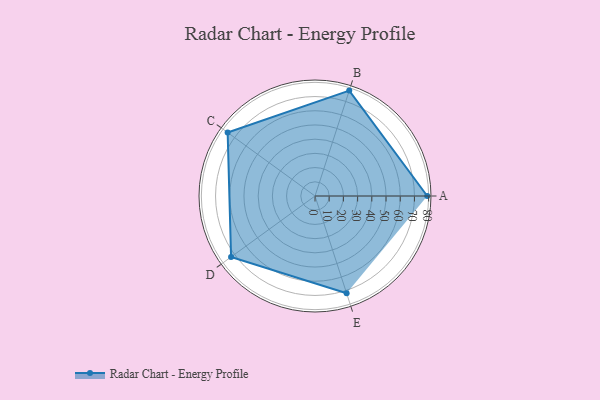
{"axis": {"x": "Skill", "y": "Score"}, "legend": ["Profile"], "data": [{"x": "A", "y": 79.0, "type": "Profile"}, {"x": "B", "y": 78.0, "type": "Profile"}, {"x": "C", "y": 76.0, "type": "Profile"}, {"x": "D", "y": 73.0, "type": "Profile"}, {"x": "E", "y": 72.0, "type": "Profile"}]}